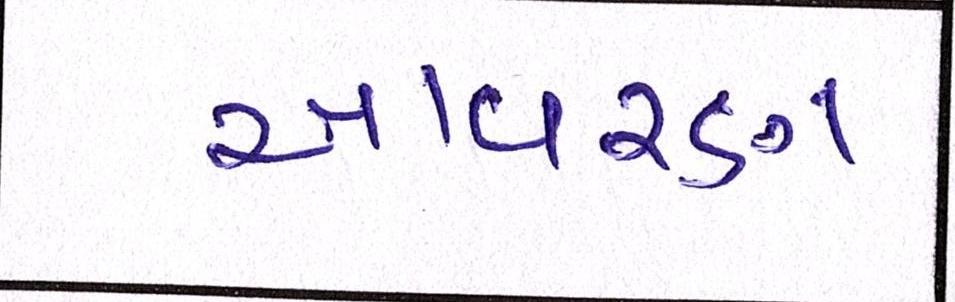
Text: આવરણ